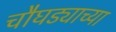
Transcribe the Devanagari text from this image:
चौघड्याच्या